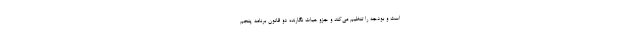
است و بودجه را تنظیم می‌کند و جزو هیات نگارنده دو قانون برنامه پنجم